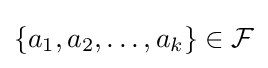
\{a_{1},a_{2},\ldots ,a_{k}\}\in {\mathcal {F}}